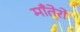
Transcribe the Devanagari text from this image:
माँतेरो